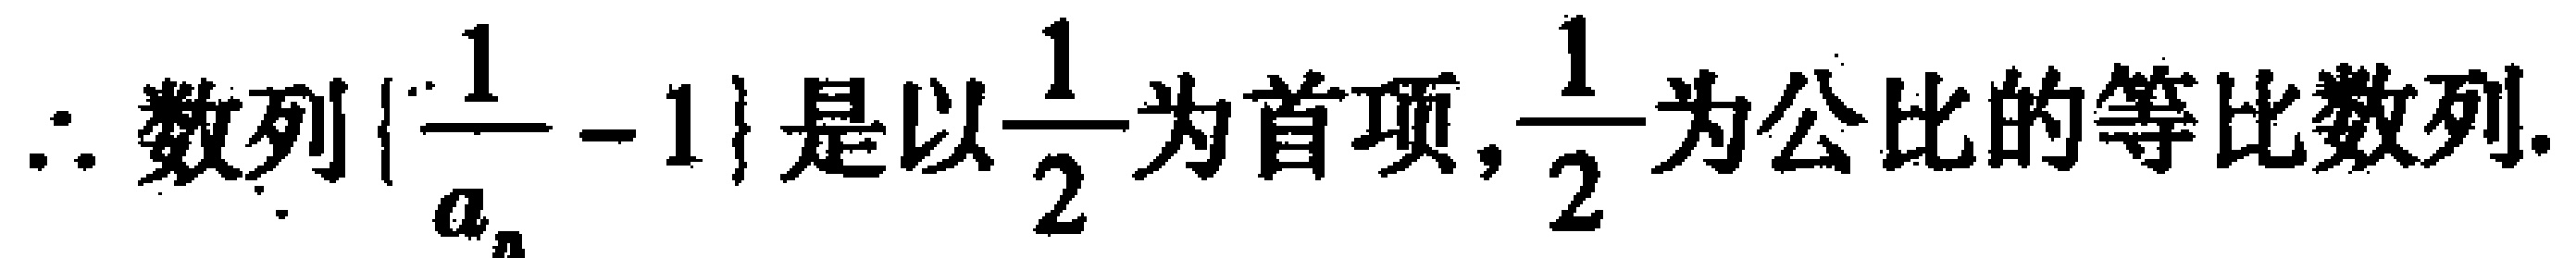
$\therefore 数列\{\frac{1}{a_{n}} - 1\}是以\frac{1}{2}为首项,\frac{1}{2}为公比的等比数列.$